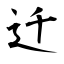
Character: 迁